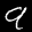
Label: 9